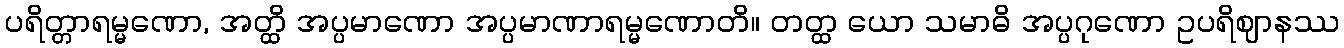
ပရိတ္တာရမ္မဏော, အတ္ထိ အပ္ပမာဏော အပ္ပမာဏာရမ္မဏောတိ။ တတ္ထ ယော သမာဓိ အပ္ပဂုဏော ဥပရိဈာနဿ